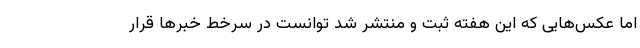
اما عکس‌هایی که این هفته ثبت و منتشر شد توانست در سرخط خبر‌ها قرار